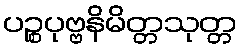
ပဉ္စပုဗ္ဗနိမိတ္တသုတ္တ